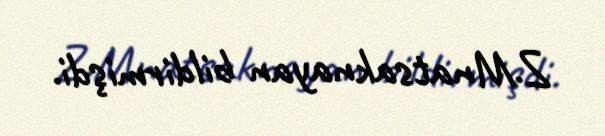
Z.Mnatsaknayan bildirmişdi.